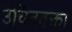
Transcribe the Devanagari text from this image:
उचितवक्ता